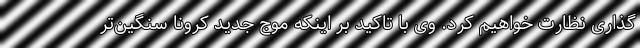
‌گذاری نظارت خواهیم کرد. وی با تاکید بر اینکه موج جدید کرونا سنگین‌تر